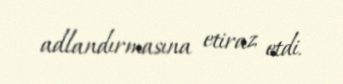
adlandırmasına etiraz etdi.